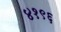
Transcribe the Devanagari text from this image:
४१९६